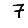
Digit: 7